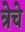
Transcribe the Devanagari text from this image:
त्रेचे